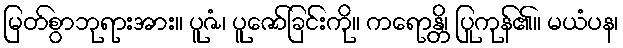
မြတ်စွာဘုရားအား။ ပူဇံ၊ ပူဇော်ခြင်းကို။ ကရောန္တိ၊ ပြုကုန်၏။ မယံပန၊